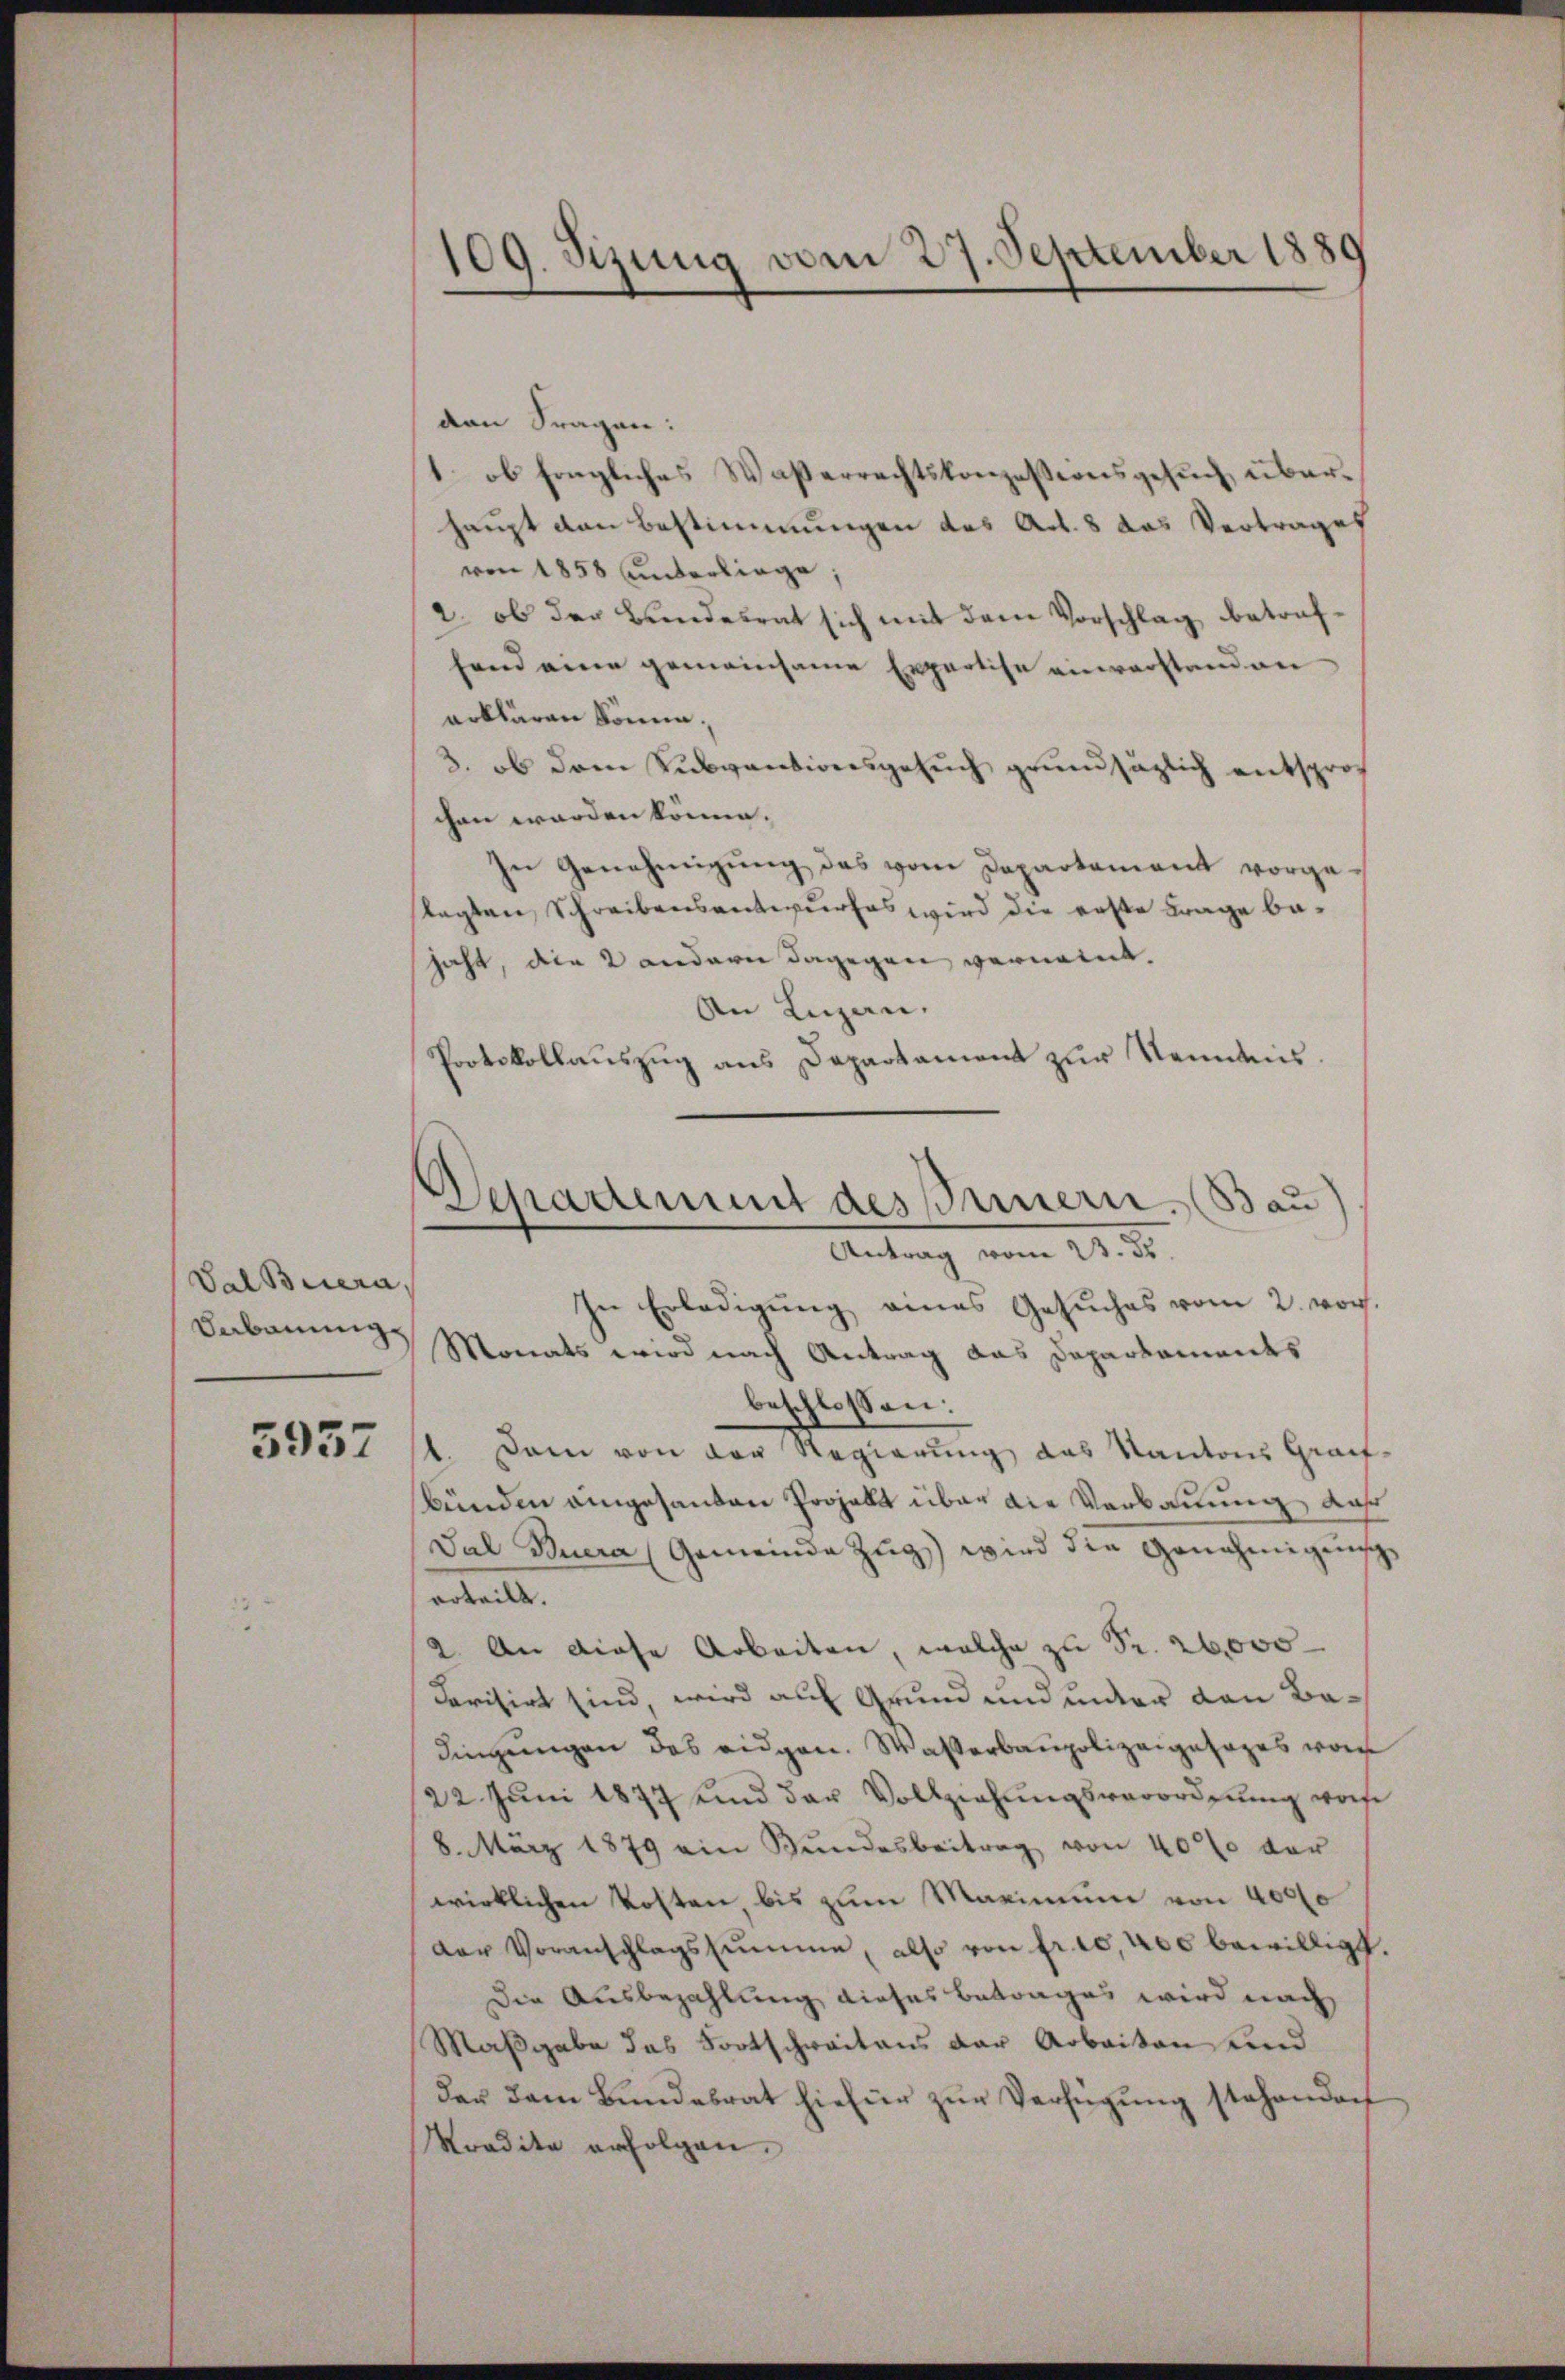
Val Beera,
Verbauung

5937

109. Sizung vom 27. September 1889

Departement des Innern. (Bau
Antrag vom 23. ds.
In Erledigung eines Gesuches vom 2. vor.

den Fragen:
1. ob fragliches Wasserrechtskonzessionsgesŭch überhaupt den Bestimmungen des Art. 8 das Vertrages
von 1858 unterliege;
2. ob der Bundesrat sich mit dem Vorschlag betraffand eine gemeinsame Erpartise einverstand an
erklären könne,
3. ob dem Subventionsgesŭch grundsätzlich entspro
chen worden könne.
In Genehmigŭng des vom Departament vorge-
tagten Schreibensentwurfes wird die erste Frage behaht, die 2 andern dagegen vernannt.
An Lizan.
Protokollaŭszŭg ans Departament zŭr Nenntnis.
Monats wird nach Antrag das Departements
beschlossen:
1. Dann von der Regierung das Kantons Graf-
bünden eingesanten Projekt über die Verbauung, daß
Dal Buera (Gemeinde Zŭg) wird die Genehmigung
erteilt.
2. An diese Arbeiten, welche zu Fr. 26000
devisirt sind, wird auf Grund und unter den Badingungen des eidgen. Wasserbaupolizeigesages vom
22. Jŭni 1877 und der Vollziehŭngsverordnŭng worde
8. März 1879 ein Bŭndesbeitrag von 40% der
wirklichen Kosten bis zum Maximum von 40000
der Voranschlagssumme, also von fr. 10,000 bewilligt.
Die Ausbezahlung dieses Betrages wird nach
Maßgabe das Fortschweitens der Arbeiten und
der dem Bŭndesrat hiefür zŭr Verfügŭng stehenden
Kredite erfolgen.